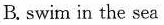
B. Swim in the sea